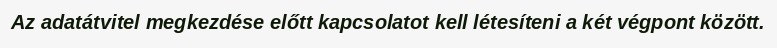
Az adatátvitel megkezdése előtt kapcsolatot kell létesíteni a két végpont között.